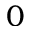
0